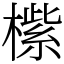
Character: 橴